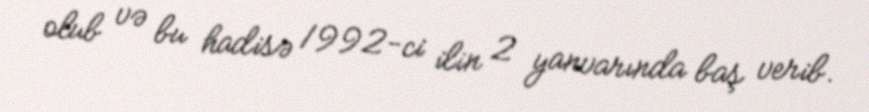
olub və bu hadisə 1992-ci ilin 2 yanvarında baş verib.